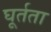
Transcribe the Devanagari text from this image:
घूर्तता